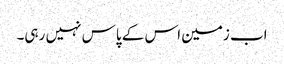
اب زمین اس کے پاس نہیں رہی۔